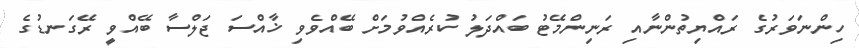
ހިންނަވަރުގެ ރައްޔިތުންނާއި ރަނިންމޭޓު ބައްދަލު ކުރެއްވުމަށް ބޭއްވެވި ޚާއްސަ ޖަލްސާ ބޭއްވީ ރޭގަނޑުގެ